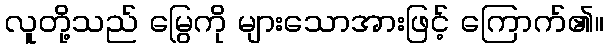
လူတို့သည် မြွေကို များသောအားဖြင့် ကြောက်၏။